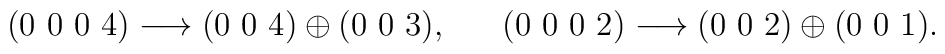
(0~0~0~4) \longrightarrow (0~0~4) \oplus (0~0~3),~~~~~\\\\(0~0~0~2) \longrightarrow (0~0~2) \oplus (0~0~1).